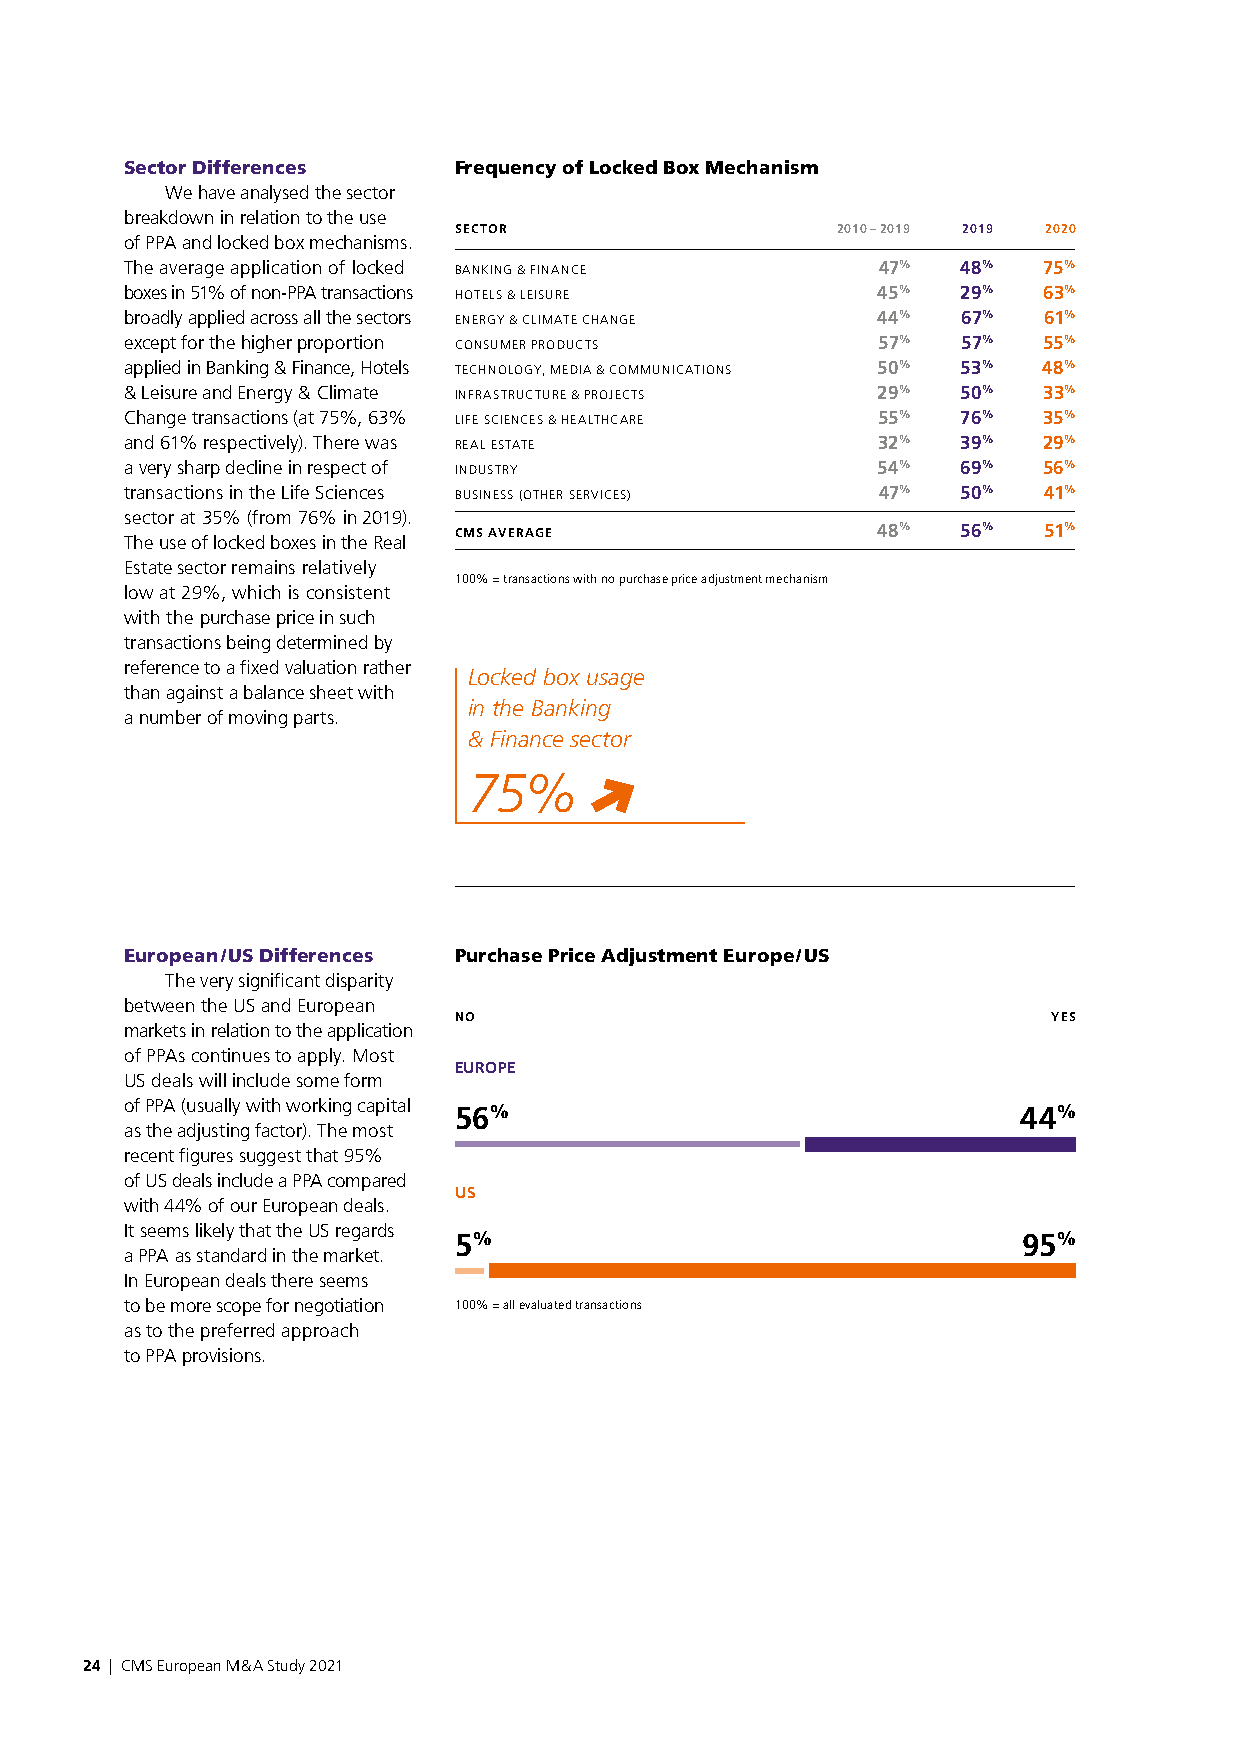
Sector Differences    Frequency of Locked Box Mechanism
 We have analysed the sector
 breakdown in relation to the use
 SECTOR                   2010 – 2019 2019 2020
 of PPA and locked box mechanisms.
 The average application of locked BANKING & FINANCE 47% 48%  75%
 boxes in 51% of non-PPA transactions HOTELS & LEISURE 45% 29% 63%
 broadly applied across all the sectors ENERGY & CLIMATE CHANGE 44% 67% 61%
 except for the higher proportion CONSUMER PRODUCTS 57%  57%  55%
 applied in Banking & Finance, Hotels TECHNOLOGY, MEDIA & COMMUNICATIONS 50% 53% 48%
 & Leisure and Energy & Climate INFRASTRUCTURE & PROJECTS 29% 50% 33%
 Change transactions (at 75%, 63% LIFE SCIENCES & HEALTHCARE 55% 76% 35%
 and 61% respectively). There was REAL ESTATE      32%   39%  29%
 a very sharp decline in respect of INDUSTRY       54%   69%  56%
 transactions in the Life Sciences BUSINESS (OTHER SERVICES) 47% 50% 41%
 sector at 35% (from 76% in 2019).
 CMS AVERAGE                 48%   56%  51%
 The use of locked boxes in the Real
 Estate sector remains relatively
 100% = transactions with no purchase price adjustment mechanism
 low at 29%, which is consistent
 with the purchase price in such
 transactions being determined by
 reference to a fixed valuation rather
 Locked box usage
 than against a balance sheet with
 in the Banking
 a number of moving parts.
 & Finance sector
 75%
 European / US Differences Purchase Price Adjustment Europe / US
 The very significant disparity
 between the US and European
 NO                                      YES
 markets in relation to the application
 of PPAs continues to apply. Most
 EUROPE
 US deals will include some form
 of PPA (usually with working capital 56%                    44%
 as the adjusting factor). The most
 recent figures suggest that 95%
 of US deals include a PPA compared
 US
 with 44% of our European deals.
 It seems likely that the US regards
 5%                                    95%
 a PPA as standard in the market.
 In European deals there seems
 to be more scope for negotiation 100% = all evaluated transactions
 as to the preferred approach
 to PPA provisions.
 24 | CMS European M & A Study 2021